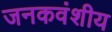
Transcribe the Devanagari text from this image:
जनकवंशीय